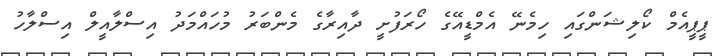
ޕީޕީއެމް ކޯލިޝަންގައި ހިމެނޭ އެމްޑީއޭގެ ހޯރަފުށީ ދާއިރާގެ މެންބަރު މުހައްމަދު އިސްލާއީލް އިސްލާހު